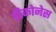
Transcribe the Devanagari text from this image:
डीकोनेस